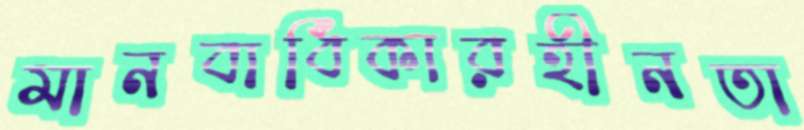
মানবাধিকারহীনতা